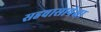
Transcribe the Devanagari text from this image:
सहवासापेक्षा